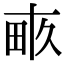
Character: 畞